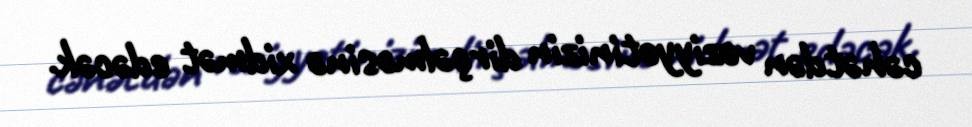
cəhətdən vəziyyətinizin dirçəlməsinə xidmət edəcək.